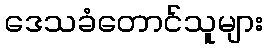
ဒေသခံတောင်သူများ